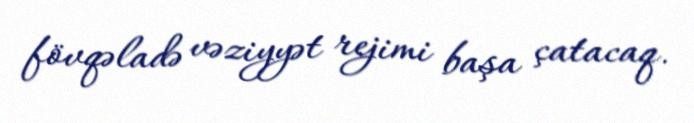
fövqəladə vəziyyət rejimi başa çatacaq.